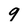
Character: 9